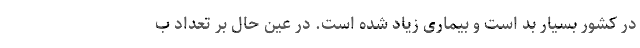
در کشور بسیار بد است و بیماری زیاد شده است. در عین حال بر تعداد ب